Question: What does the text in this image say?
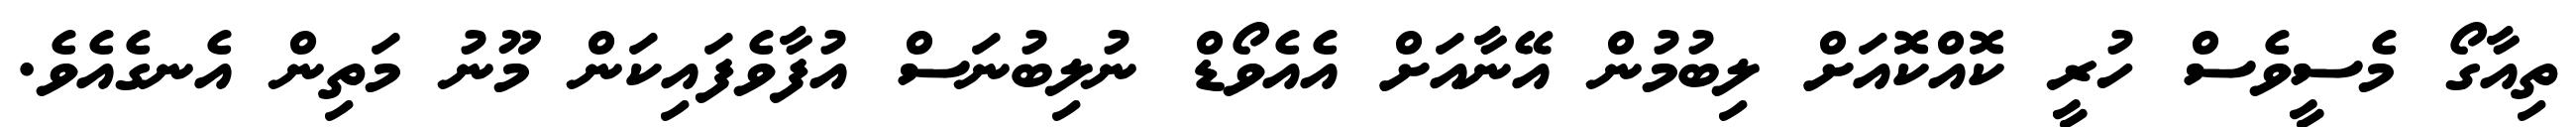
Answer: ތިއާގޯ މެސީވެސް ހުރީ ކޮއްކޮއަށް ލިބުމުން އޭނާއަށް އެއެވޯޑް ނުލިބުނަސް އުފާވެފައިކަން މޫނު މަތިން އެނގެއެވެ.